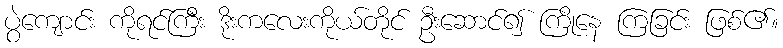
ပွဲကျောင်း ကိုရင်ကြီး ဒိုးကလေးကိုယ်တိုင် ဦးဆောင်၍ ကြိုနေ ကြခြင်း ဖြစ်၏။